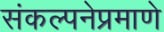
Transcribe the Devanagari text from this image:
संकल्पनेप्रमाणे